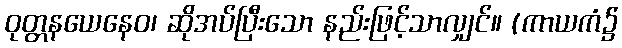
ဝုတ္တနယေနေဝ၊ ဆိုအပ်ပြီးသော နည်းဖြင့်သာလျှင်။ (ကာယကံ၌